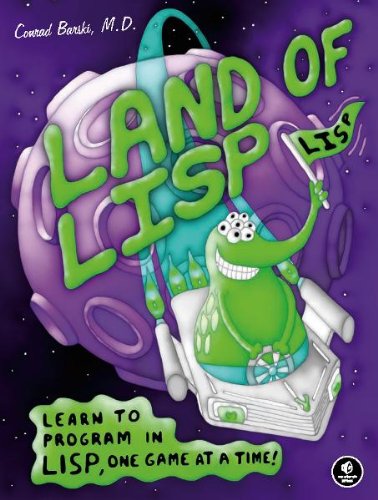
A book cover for Land of Lisp: Learn to Program in Lisp, One Game at a Time!; Conrad Barski; Computers & Technology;